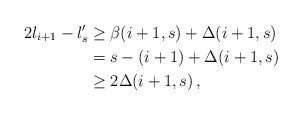
LaTeX: \begin{align*} 2l_{i+1}-l'_s &\geq \beta(i+1,s)+\Delta(i+1,s)\\ &= s-(i+1)+\Delta(i+1,s)\\ &\geq 2\Delta(i+1,s)\,, \end{align*}